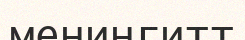
менингитт